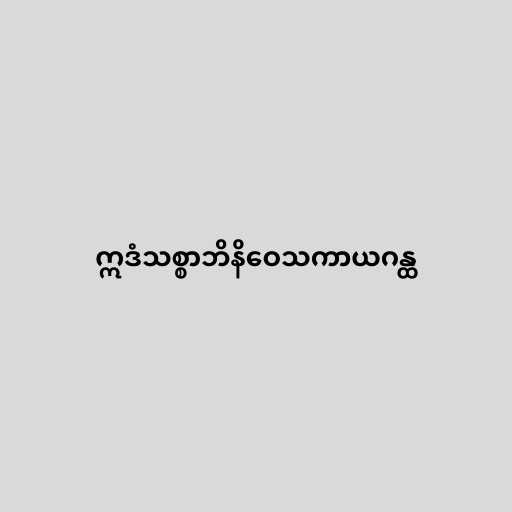
ဣဒံသစ္စာဘိနိဝေသကာယဂန္ထ